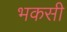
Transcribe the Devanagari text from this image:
भकसी